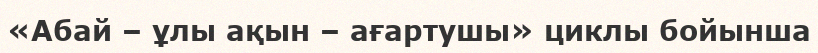
«Абай – ұлы ақын – ағартушы» циклы бойынша